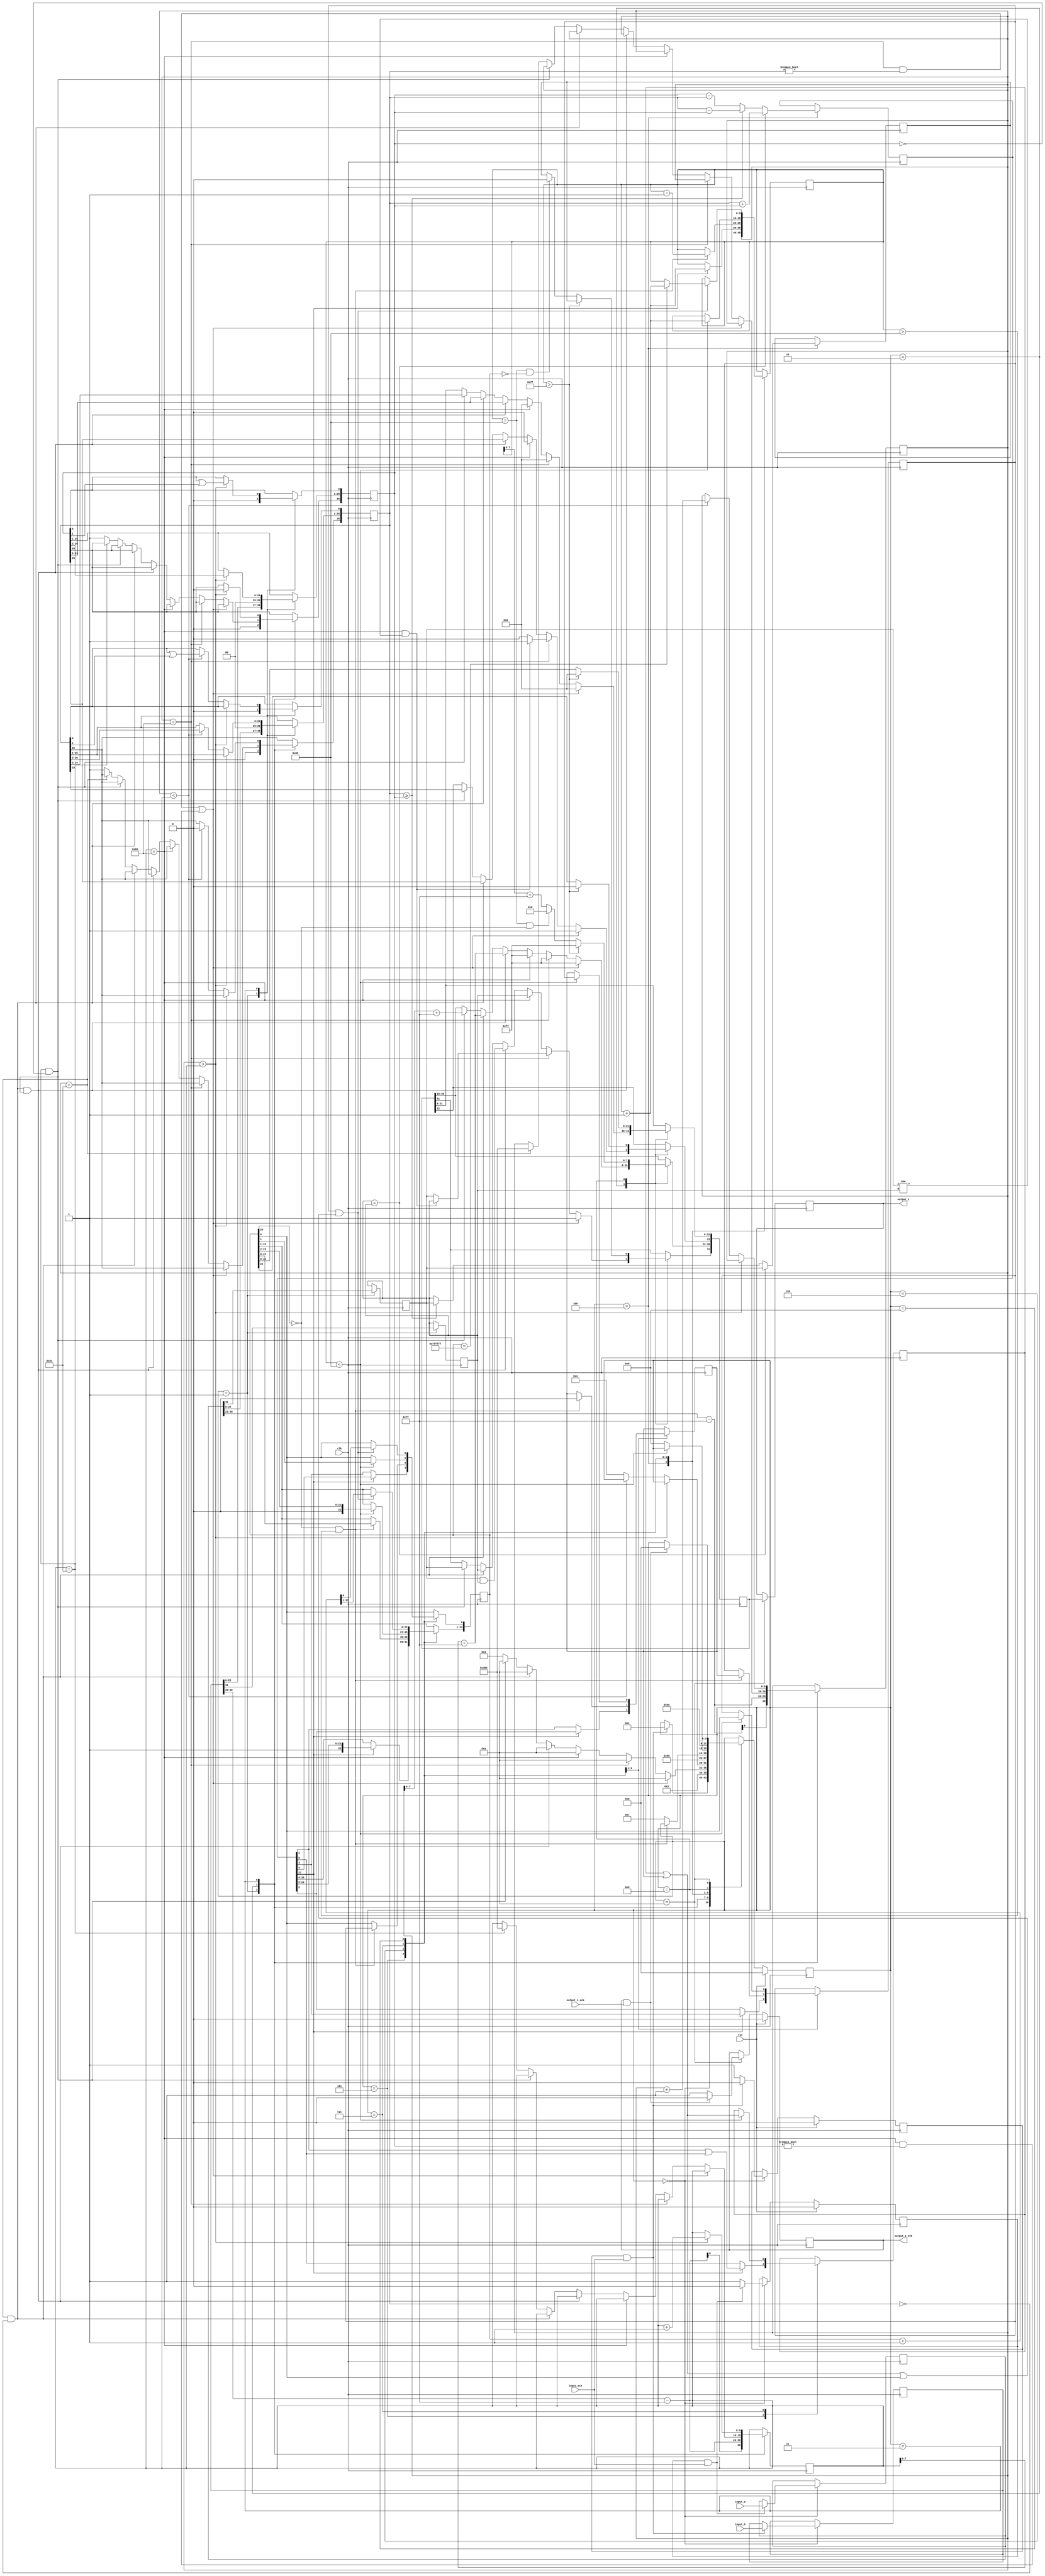
//IEEE Floating Point Adder (Single Precision)
//Copyright (C) Jonathan P Dawson 2013
//2013-12-12

module adder(
        input_a,
        input_b,
        input_stb,
        output_z_ack,
        clk,
        rst,
        output_z,
        output_z_stb);

  input     clk;
  input     rst;

  input     [31:0] input_a;
  input     input_stb;

  input     [31:0] input_b;

  output    [31:0] output_z;
  output    output_z_stb;
  input     output_z_ack;

  reg       s_output_z_stb;
  reg       [31:0] s_output_z;
  reg       s_input_a_ack;
  reg       s_input_b_ack;

  reg       [3:0] state;
  parameter get_ab         = 4'd0,
            unpack        = 4'd1,
            special_cases = 4'd2,
            align         = 4'd3,
            add_0         = 4'd4,
            add_1         = 4'd5,
            normalise_1   = 4'd6,
            normalise_2   = 4'd7,
            round         = 4'd8,
            pack          = 4'd9,
            put_z         = 4'd10;

  reg       [31:0] a, b, z;
  reg       [26:0] a_m, b_m;
  reg       [23:0] z_m;
  reg       [9:0] a_e, b_e, z_e;
  reg       a_s, b_s, z_s;
  reg       guard, round_bit, sticky;
  reg       [27:0] sum;

  always @(posedge clk)
  begin

    case(state)

      get_ab:
      begin
        s_input_a_ack <= 1;
        if (s_input_a_ack && input_stb) begin
          a <= input_a;
          s_input_a_ack <= 0;
        end

        s_input_b_ack <= 1;
        if (s_input_b_ack && input_stb) begin
          b <= input_b;
          s_input_b_ack <= 0;
          state <= unpack;
        end
      end



      unpack:
      begin
        a_m <= {a[22 : 0], 3'd0};
        b_m <= {b[22 : 0], 3'd0};
        a_e <= a[30 : 23] - 10'd127;
        b_e <= b[30 : 23] - 10'd127;
        a_s <= a[31];
        b_s <= b[31];
        state <= special_cases;
      end

      special_cases:
      begin
        //if a is NaN or b is NaN return NaN 
        if ((a_e == 128 && a_m != 0) || (b_e == 128 && b_m != 0)) begin
          z[31] <= 1;
          z[30:23] <= 255;
          z[22] <= 1;
          z[21:0] <= 0;
          state <= put_z;
        //if a is inf return inf
        end else if (a_e == 128) begin
          z[31] <= a_s;
          z[30:23] <= 255;
          z[22:0] <= 0;
          //if a is inf and signs don't match return nan
          if ((b_e == 128) && (a_s != b_s)) begin
              z[31] <= b_s;
              z[30:23] <= 255;
              z[22] <= 1;
              z[21:0] <= 0;
          end
          state <= put_z;
        //if b is inf return inf
        end else if (b_e == 128) begin
          z[31] <= b_s;
          z[30:23] <= 255;
          z[22:0] <= 0;
          state <= put_z;
        //if a is zero return b
        end else if ((($signed(a_e) == -127) && (a_m == 0)) && (($signed(b_e) == -127) && (b_m == 0))) begin
          z[31] <= a_s & b_s;
          z[30:23] <= b_e[7:0] + 127;
          z[22:0] <= b_m[26:3];
          state <= put_z;
        //if a is zero return b
        end else if (($signed(a_e) == -127) && (a_m == 0)) begin
          z[31] <= b_s;
          z[30:23] <= b_e[7:0] + 127;
          z[22:0] <= b_m[26:3];
          state <= put_z;
        //if b is zero return a
        end else if (($signed(b_e) == -127) && (b_m == 0)) begin
          z[31] <= a_s;
          z[30:23] <= a_e[7:0] + 127;
          z[22:0] <= a_m[26:3];
          state <= put_z;
        end else begin
          //Denormalised Number
          if ($signed(a_e) == -127) begin
            a_e <= -126;
          end else begin
            a_m[26] <= 1;
          end
          //Denormalised Number
          if ($signed(b_e) == -127) begin
            b_e <= -126;
          end else begin
            b_m[26] <= 1;
          end
          state <= align;
        end
      end

      align:
      begin
        if ($signed(a_e) > $signed(b_e)) begin
          b_e <= b_e + 1;
          b_m <= b_m >> 1;
          b_m[0] <= b_m[0] | b_m[1];
        end else if ($signed(a_e) < $signed(b_e)) begin
          a_e <= a_e + 1;
          a_m <= a_m >> 1;
          a_m[0] <= a_m[0] | a_m[1];
        end else begin
          state <= add_0;
        end
      end

      add_0:
      begin
        z_e <= a_e;
        if (a_s == b_s) begin
          sum <= a_m + b_m;
          z_s <= a_s;
        end else begin
          if (a_m >= b_m) begin
            sum <= a_m - b_m;
            z_s <= a_s;
          end else begin
            sum <= b_m - a_m;
            z_s <= b_s;
          end
        end
        state <= add_1;
      end

      add_1:
      begin
        if (sum[27]) begin
          z_m <= sum[27:4];
          guard <= sum[3];
          round_bit <= sum[2];
          sticky <= sum[1] | sum[0];
          z_e <= z_e + 1;
        end else begin
          z_m <= sum[26:3];
          guard <= sum[2];
          round_bit <= sum[1];
          sticky <= sum[0];
        end
        state <= normalise_1;
      end

      normalise_1:
      begin
        if (z_m[23] == 0 && $signed(z_e) > -126) begin
          z_e <= z_e - 1;
          z_m <= z_m << 1;
          z_m[0] <= guard;
          guard <= round_bit;
          round_bit <= 0;
        end else begin
          state <= normalise_2;
        end
      end

      normalise_2:
      begin
        if ($signed(z_e) < -126) begin
          z_e <= z_e + 1;
          z_m <= z_m >> 1;
          guard <= z_m[0];
          round_bit <= guard;
          sticky <= sticky | round_bit;
        end else begin
          state <= round;
        end
      end

      round:
      begin
        if (guard && (round_bit | sticky | z_m[0])) begin
          z_m <= z_m + 1;
          if (z_m == 24'hffffff) begin
            z_e <=z_e + 1;
          end
        end
        state <= pack;
      end

      pack:
      begin
        z[22 : 0] <= z_m[22:0];
        z[30 : 23] <= z_e[7:0] + 127;
        z[31] <= z_s;
        if ($signed(z_e) == -126 && z_m[23] == 0) begin
          z[30 : 23] <= 0;
        end
        if ($signed(z_e) == -126 && z_m[23:0] == 24'h0) begin
          z[31] <= 1'b0; // FIX SIGN BUG: -a + a = +0.
        end
        //if overflow occurs, return inf
        if ($signed(z_e) > 127) begin
          z[22 : 0] <= 0;
          z[30 : 23] <= 255;
          z[31] <= z_s;
        end
        state <= put_z;
      end

      put_z:
      begin
        s_output_z_stb <= 1;
        s_output_z <= z;
        if (s_output_z_stb && output_z_ack) begin
          s_output_z_stb <= 0;
          state <= get_ab;
        end
      end

    endcase

    if (rst == 1) begin
      state <= get_ab;
      s_input_a_ack <= 0;
      s_input_b_ack <= 0;
      s_output_z_stb <= 0;
    end

  end
  assign output_z_stb = s_output_z_stb;
  assign output_z = s_output_z;

endmodule